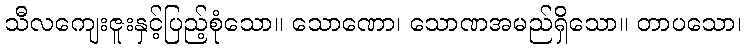
သီလကျေးဇူးနှင့်ပြည့်စုံသော။ သောဏော၊ သောဏအမည်ရှိသော။ တာပသော၊